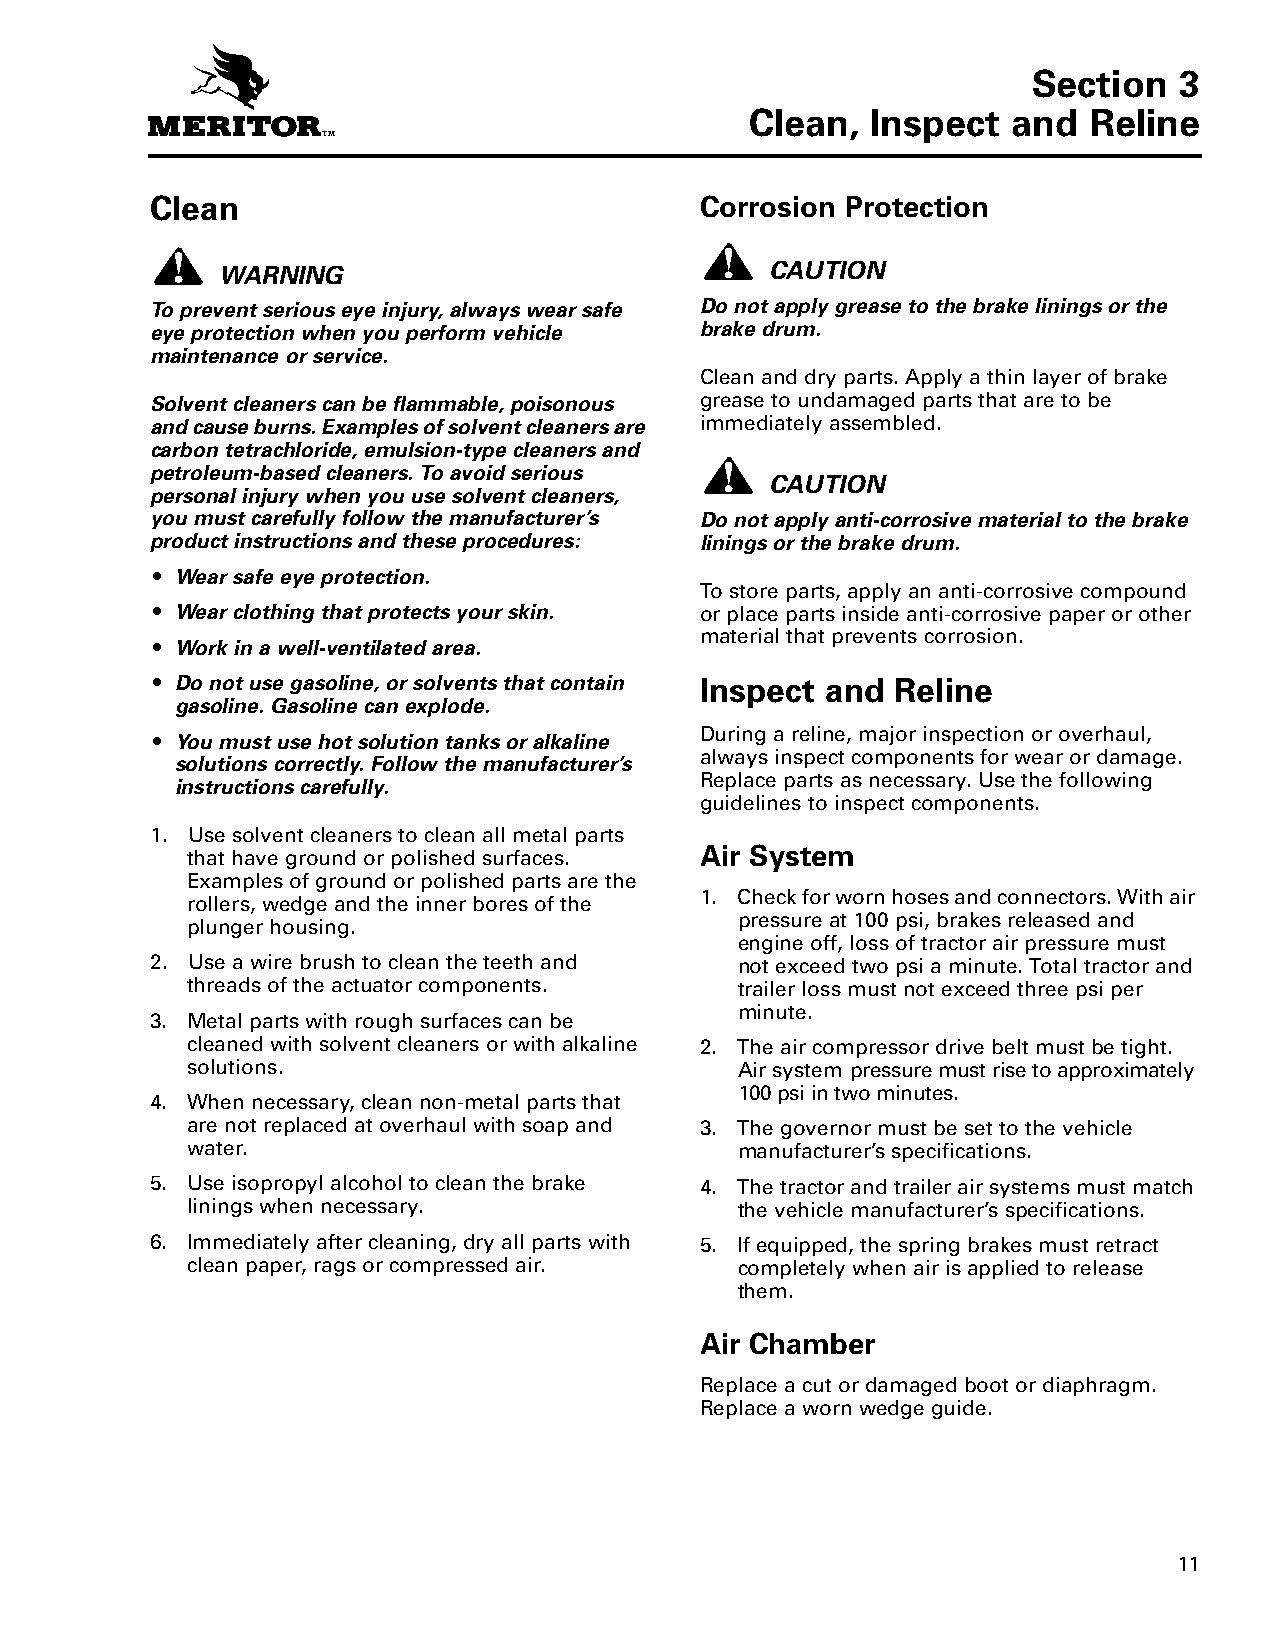
Section   3
 Clean,  Inspect  and  Reline
 CSCelecatilno,ne I n3sapectn and Reline Corrosion Protection
 WARNING                              CAUTION
 To prevent serious eye injury, always wear safe Do not apply grease to the brake linings or the
 eye protection when you perform vehicle brake drum.
 maintenance or service.
 Clean and dry parts. Apply a thin layer of brake
 Solvent cleaners can be flammable, poisonous grease to undamaged parts that are to be
 and cause burns. Examples of solvent cleaners are immediately assembled.
 carbon tetrachloride, emulsion-type cleaners and
 petroleum-based cleaners. To avoid serious
 CAUTION
 personal injury when you use solvent cleaners,
 you must carefully follow the manufacturer’s Do not apply anti-corrosive material to the brake
 product instructions and these procedures: linings or the brake drum.
 r Wear safe eye protection.
 To store parts, apply an anti-corrosive compound
 r Wear clothing that protects your skin. or place parts inside anti-corrosive paper or other
 material that prevents corrosion.
 r Work in a well-ventilated area.
 r Do not use gasoline, or solvents that contain Inspect and Reline
 gasoline. Gasoline can explode.
 r You must use hot solution tanks or alkaline During a reline, major inspection or overhaul,
 always inspect components for wear or damage.
 solutions correctly. Follow the manufacturer’s
 Replace parts as necessary. Use the following
 instructions carefully.
 guidelines to inspect components.
 1. Use solvent cleaners to clean all metal parts
 that have ground or polished surfaces. Air System
 Examples of ground or polished parts are the
 1. Check for worn hoses and connectors. With air
 rollers, wedge and the inner bores of the
 pressure at 100 psi, brakes released and
 plunger housing.
 engine off, loss of tractor air pressure must
 2. Use a wire brush to clean the teeth and not exceed two psi a minute. Total tractor and
 threads of the actuator components.  trailer loss must not exceed three psi per
 minute.
 3. Metal parts with rough surfaces can be
 cleaned with solvent cleaners or with alkaline 2. The air compressor drive belt must be tight.
 solutions.                           Air system pressure must rise to approximately
 100 psi in two minutes.
 4. When necessary, clean non-metal parts that
 are not replaced at overhaul with soap and 3. The governor must be set to the vehicle
 water.                               manufacturer’s specifications.
 5. Use isopropyl alcohol to clean the brake 4. The tractor and trailer air systems must match
 linings when necessary.              the vehicle manufacturer’s specifications.
 6. Immediately after cleaning, dry all parts with 5. If equipped, the spring brakes must retract
 clean paper, rags or compressed air. completely when air is applied to release
 them.
 Air Chamber
 Replace a cut or damaged boot or diaphragm.
 Replace a worn wedge guide.
 11